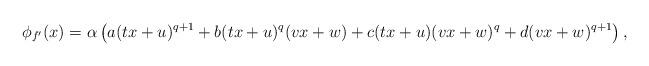
LaTeX: \begin{align*}\phi_{f'}(x) = \alpha \left( a (tx+u)^{q+1} + b (tx+u)^q (vx+w) + c(tx+u) (vx+w)^q + d (vx+w)^{q+1} \right),\end{align*}